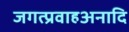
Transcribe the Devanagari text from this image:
जगत्प्रवाहअनादि